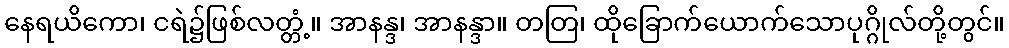
နေရယိကော၊ ငရဲ၌ဖြစ်လတ္တံ့။ အာနန္ဒ၊ အာနန္ဒာ။ တတြ၊ ထိုခြောက်ယောက်သောပုဂ္ဂိုလ်တို့တွင်။